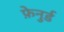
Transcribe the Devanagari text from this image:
फ़ेनुर्ड